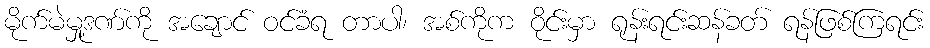
မိုက်မဲမှု့ဒဏ်ကို အချောင် ဝင်ခံရ တာပါ၊ အစ်ကိုက ဝိုင်းမှာ ရုန်းရင်းဆန်ခတ် ရန်ဖြစ်ကြရင်း